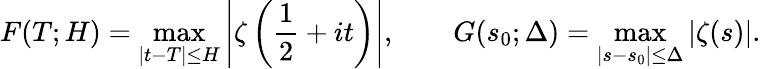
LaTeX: F(T;H)=\operatorname*{max}_{|t-T|\leq H}\left|\zeta\left({\frac{1}{2}}+it\right)\right|,\qquad G(s_{0};\Delta)=\operatorname*{max}_{|s-s_{0}|\leq\Delta}|\zeta(s)|.